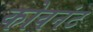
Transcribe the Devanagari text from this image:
कोवनंट